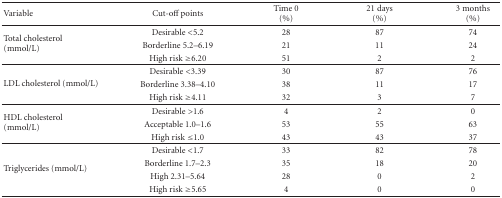
| Variable | Cut-off points | Time 0 (%) | 21 days (%) | 3 months (%) |
 | --- | --- | --- | --- | --- |
 | <ROWSPAN=3> Total cholesterol (mmol/L) | Desirable <5.2 | 28 | 87 | 74 |
 | Borderline 5.2–6.19 | 21 | 11 | 24 |
 | High risk ≥6.20 | 51 | 2 | 2 |
 | <ROWSPAN=3> LDL cholesterol (mmol/L) | Desirable <3.39 | 30 | 87 | 76 |
 | Borderline 3.38–4.10 | 38 | 11 | 17 |
 | High risk ≥4.11 | 32 | 3 | 7 |
 | <ROWSPAN=3> HDL cholesterol (mmol/L) | Desirable >1.6 | 4 | 2 | 0 |
 | Acceptable 1.0–1.6 | 53 | 55 | 63 |
 | High risk ≤1.0 | 43 | 43 | 37 |
 | <ROWSPAN=4> Triglycerides (mmol/L) | Desirable <1.7 | 33 | 82 | 78 |
 | Borderline 1.7–2.3 | 35 | 18 | 20 |
 | High 2.31–5.64 | 28 | 0 | 2 |
 | High risk ≥5.65 | 4 | 0 | 0 |